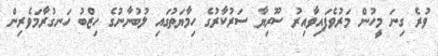
ވުރެ ގިނަ މީހުން މަރުވެފައިވާއިރު ސޫރިޔާ ސަރުކާރުގެ ހިމާޔަތުގައި ލުބުނާނުގެ ހިޒްބު ހަނގުރާމަވެރިން